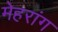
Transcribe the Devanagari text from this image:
मेहरांग